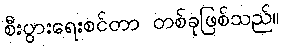
စီးပွားရေးစင်တာ တစ်ခုဖြစ်သည်။